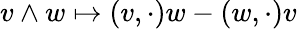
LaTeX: v\wedge w\mapsto(v,\cdot)w-(w,\cdot)v